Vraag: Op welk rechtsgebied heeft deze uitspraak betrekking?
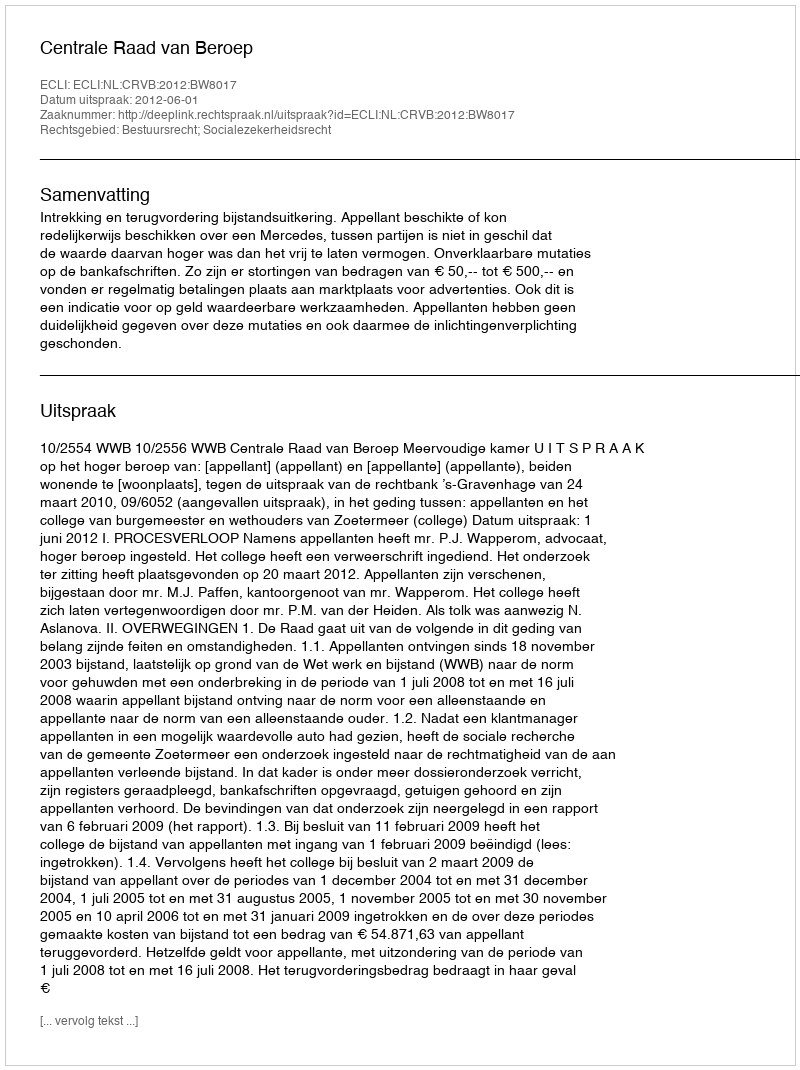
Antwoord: Bestuursrecht; Socialezekerheidsrecht